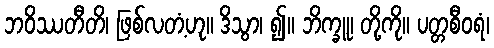
ဘဝိဿတီတိ၊ ဖြစ်လတံ့ဟု။ ဒိသွာ၊ ၍။ ဘိက္ခူ၊ တို့ကို။ ပတ္တစီဝရံ၊